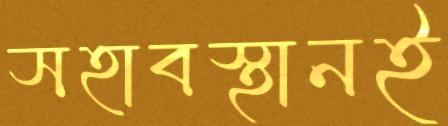
সহাবস্থানই